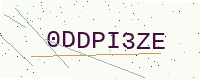
Text: 0DDPI3ZE